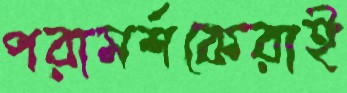
পরামর্শকেরাই